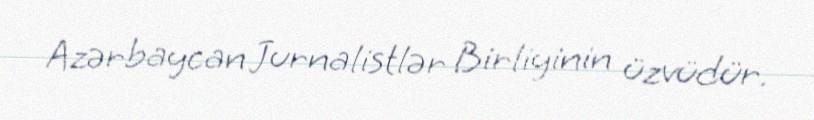
Azərbaycan Jurnalistlər Birliyinin üzvüdür.